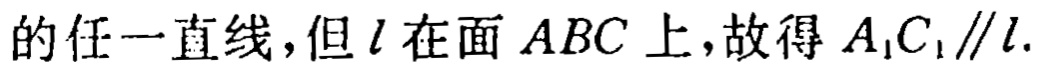
的任一直线，但\(l\)在面 \(ABC\) 上，故得 \(A_{1}C_{1}\parallel l\).